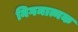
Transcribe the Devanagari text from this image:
निगमात्मक